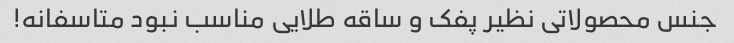
جنس محصولاتی نظیر پفک و ساقه طلایی مناسب نبود متاسفانه!